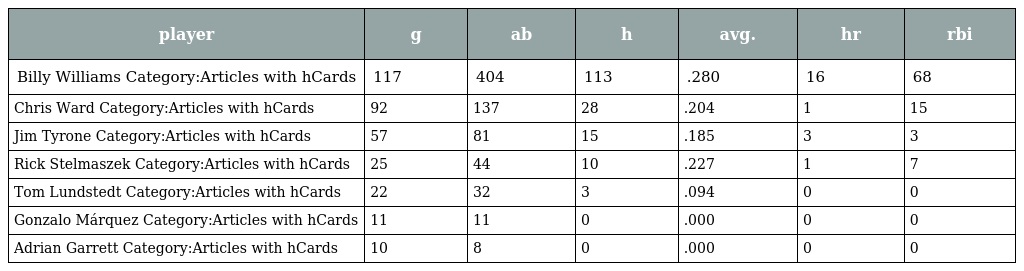
| player | g | ab | h | avg. | hr | rbi |
 | --- | --- | --- | --- | --- | --- | --- |
 | Billy Williams Category:Articles with hCards | 117 | 404 | 113 | .280 | 16 | 68 |
 | Chris Ward Category:Articles with hCards | 92 | 137 | 28 | .204 | 1 | 15 |
 | Jim Tyrone Category:Articles with hCards | 57 | 81 | 15 | .185 | 3 | 3 |
 | Rick Stelmaszek Category:Articles with hCards | 25 | 44 | 10 | .227 | 1 | 7 |
 | Tom Lundstedt Category:Articles with hCards | 22 | 32 | 3 | .094 | 0 | 0 |
 | Gonzalo Márquez Category:Articles with hCards | 11 | 11 | 0 | .000 | 0 | 0 |
 | Adrian Garrett Category:Articles with hCards | 10 | 8 | 0 | .000 | 0 | 0 |